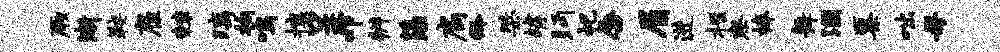
厥渐鞍雇棘璃拘鸣攘呈叩辨藻扃龄桀罅眄祀唇眉进柩察榛舞溷粟咄母